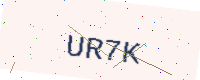
Text: UR7K